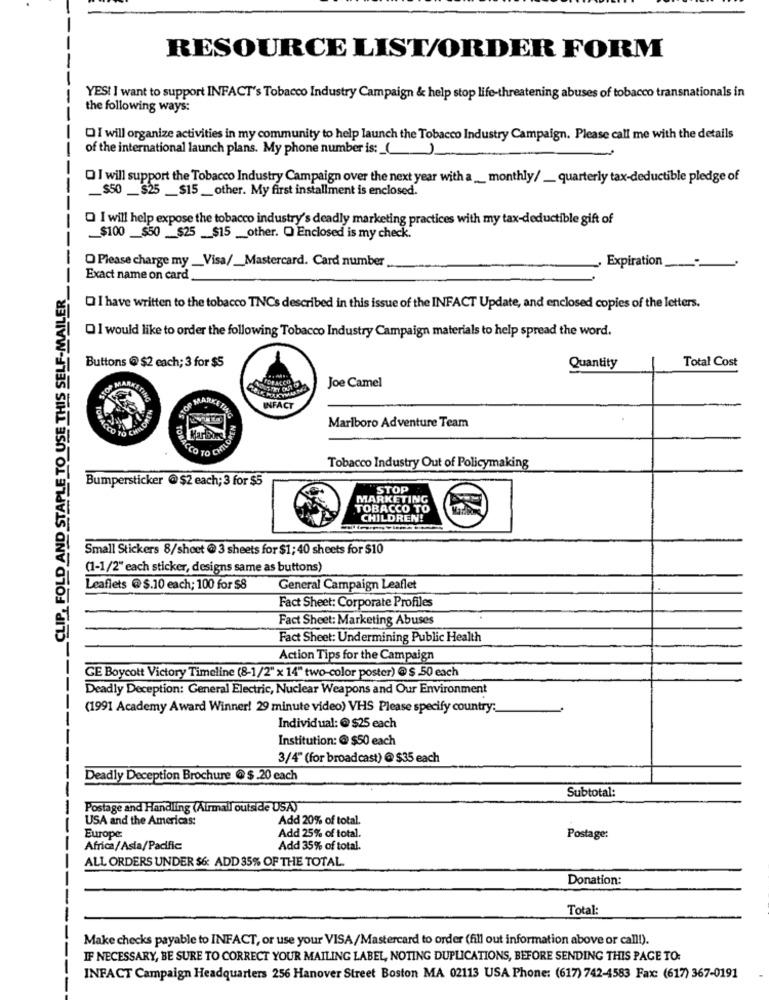
RESOURCE LIST/ORDER FORM
YES! I want to support INFACT's Tobacco Industry Campaign & help stop life-threatening abuses of tobacco transnationals in
the following ways:
OI will organize activities in my community to help launch the Tobacco Industry Campaign. Please call me with the details
of the international launch plans. My phone number is: ()
Q I will support the Tobacco Industry Campaign over the next year with a __ monthly/ __ quarterly tax-deductible pledge of
_$50 _ $25 __ $15 _ other. My first installment is enclosed.
O I will help expose the tobacco industry's deadly marketing practices with my tax-deductible gift of
_$100 __ $50 __ $25 __ $15 __ other. O Enclosed is my check.
O Please charge my __ Visa/_Mastercard. Card number
Expiration
_CLIP, FOLD AND STAPLE TO USE THIS SELF-MAILER
Exact name on card
Q I have written to the tobacco TNCs described in this issue of the INFACT Update, and enclosed copies of the letters.
O I would like to order the following Tobacco Industry Campaign materials to help spread the word.
Total Cost
Buttons @ $2 each; 3 for $5
Quantity
Joe Camel
WILORIN
SOP
INFACT
WILOBEN
Marlboro Adventure Team
OBACCO
Tobacco Industry Out of Policymaking
Bumpersticker @ $2 each; 3 for $5
STOP
MARKETING
TOBACCO TO
CHILDREN!
Small Stickers 8/shoet @ 3 sheets for $1; 40 sheets for $10
(1-1/2" each sticker, designs same as buttons)
Leaflets @ $.10 each; 100 for $8
General Campaign Leaflet
Fact Sheet: Corporate Profiles
Fact Sheet: Marketing Abuses
Fact Sheet: Undermining Public Health
Action Tips for the Campaign
GE Boycott Victory Timeline (8-1/2" x 14" two-color poster) @ $ .50 each
---
Deadly Deception: General Electric, Nuclear Weapons and Our Environment
(1991 Academy Award Winner! 29 minute video) VHS Please specify country:
Individual: @ $25 each
Institution: @ $50 each
3/4" (for broadcast) @ $35 each
Deadly Deception Brochure @ $.20 each
Subtotal:
Postage and Handling (Atrmall outside USA)
USA and the Americas:
Add 20% of total.
Add 25% of total.
Europe:
Postage:
Africa/Asia/Pacific
Add 35% of total.
ALL ORDERS UNDER $& ADD 35% OF THE TOTAL.
Donation:
Total:
Make checks payable to INFACT, or use your VISA/Mastercard to order (fill out information above or call!).
IF NECESSARY, BE SURE TO CORRECT YOUR MAILING LABEL, NOTING DUPLICATIONS, BEFORE SENDING THIS PAGE TO:
INFACT Campaign Headquarters 256 Hanover Street Boston MA 02113 USA Phone: (617) 742-4583 Fax: (617) 367-0191